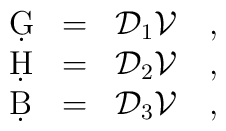
\begin{array}{lll}\d G &=& {\cal D}_1 {\cal V} ~~~, \\\d H &=& {\cal D}_2 {\cal V} ~~~, \\\d B &=& {\cal D}_3 {\cal V} ~~~, \end{array}